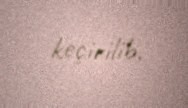
keçirilib.